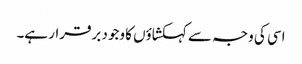
اسی کی وجہ سے کہکشاؤں کا وجود برقرار ہے۔